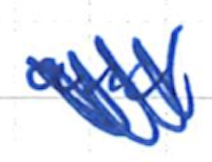
Text: and
Cross-out: scratch
Writing tool: ballpoint